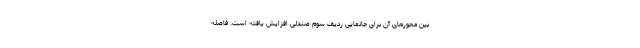
بین محورهای آن برای جانمایی ردیف سوم صندلی افزایش یافته است. فاصله